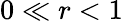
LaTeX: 0\ll r<1